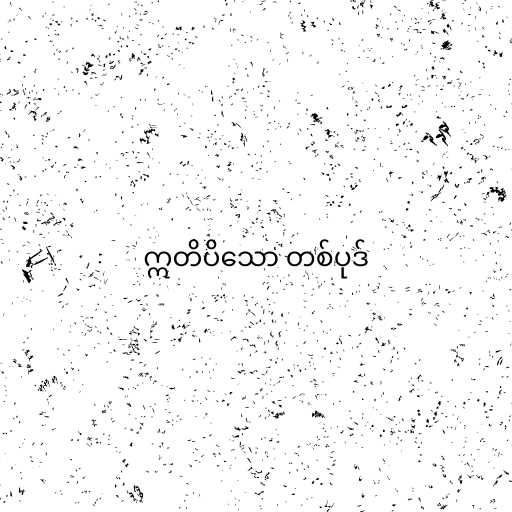
ဣတိပိသော တစ်ပုဒ်